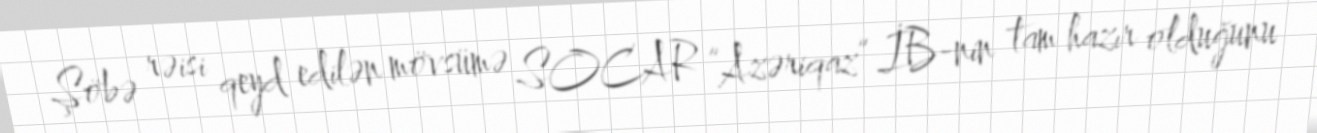
Şöbə rəisi qeyd edilən mövsümə SOCAR “Azəriqaz” İB-nin tam hazır olduğunu